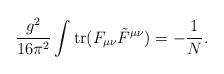
LaTeX: \begin{align*}\frac {g^2}{16 \pi^2} \int \hbox {tr} (F_{\mu \nu} \tilde{F}^{\mu\nu}) = - \frac {1}{N}.\end{align*}